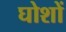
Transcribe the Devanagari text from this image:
घोशों